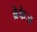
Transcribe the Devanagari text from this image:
ब्रेकेज